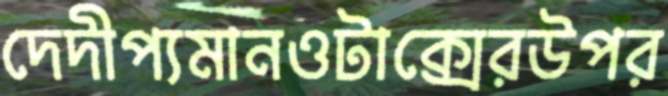
দেদীপ্যমানওটাক্সেরউপর